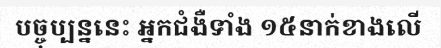
បច្ចុប្បន្ននេះ អ្នកជំងឺទាំង ១៥នាក់ខាងលើ